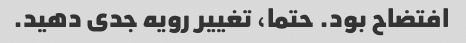
افتضاح بود. حتما، تغییر رویه جدی دهید.